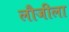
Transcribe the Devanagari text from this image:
लौजीला